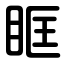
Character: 眶